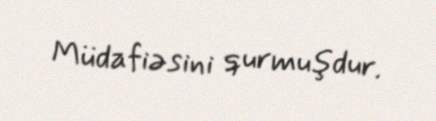
Müdafiəsini qurmuşdur.